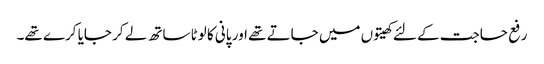
رفع حاجت کے لئے کھیتوں میں جاتے تھے اور پانی کا لوٹا ساتھ لے کر جایا کرے تھے۔